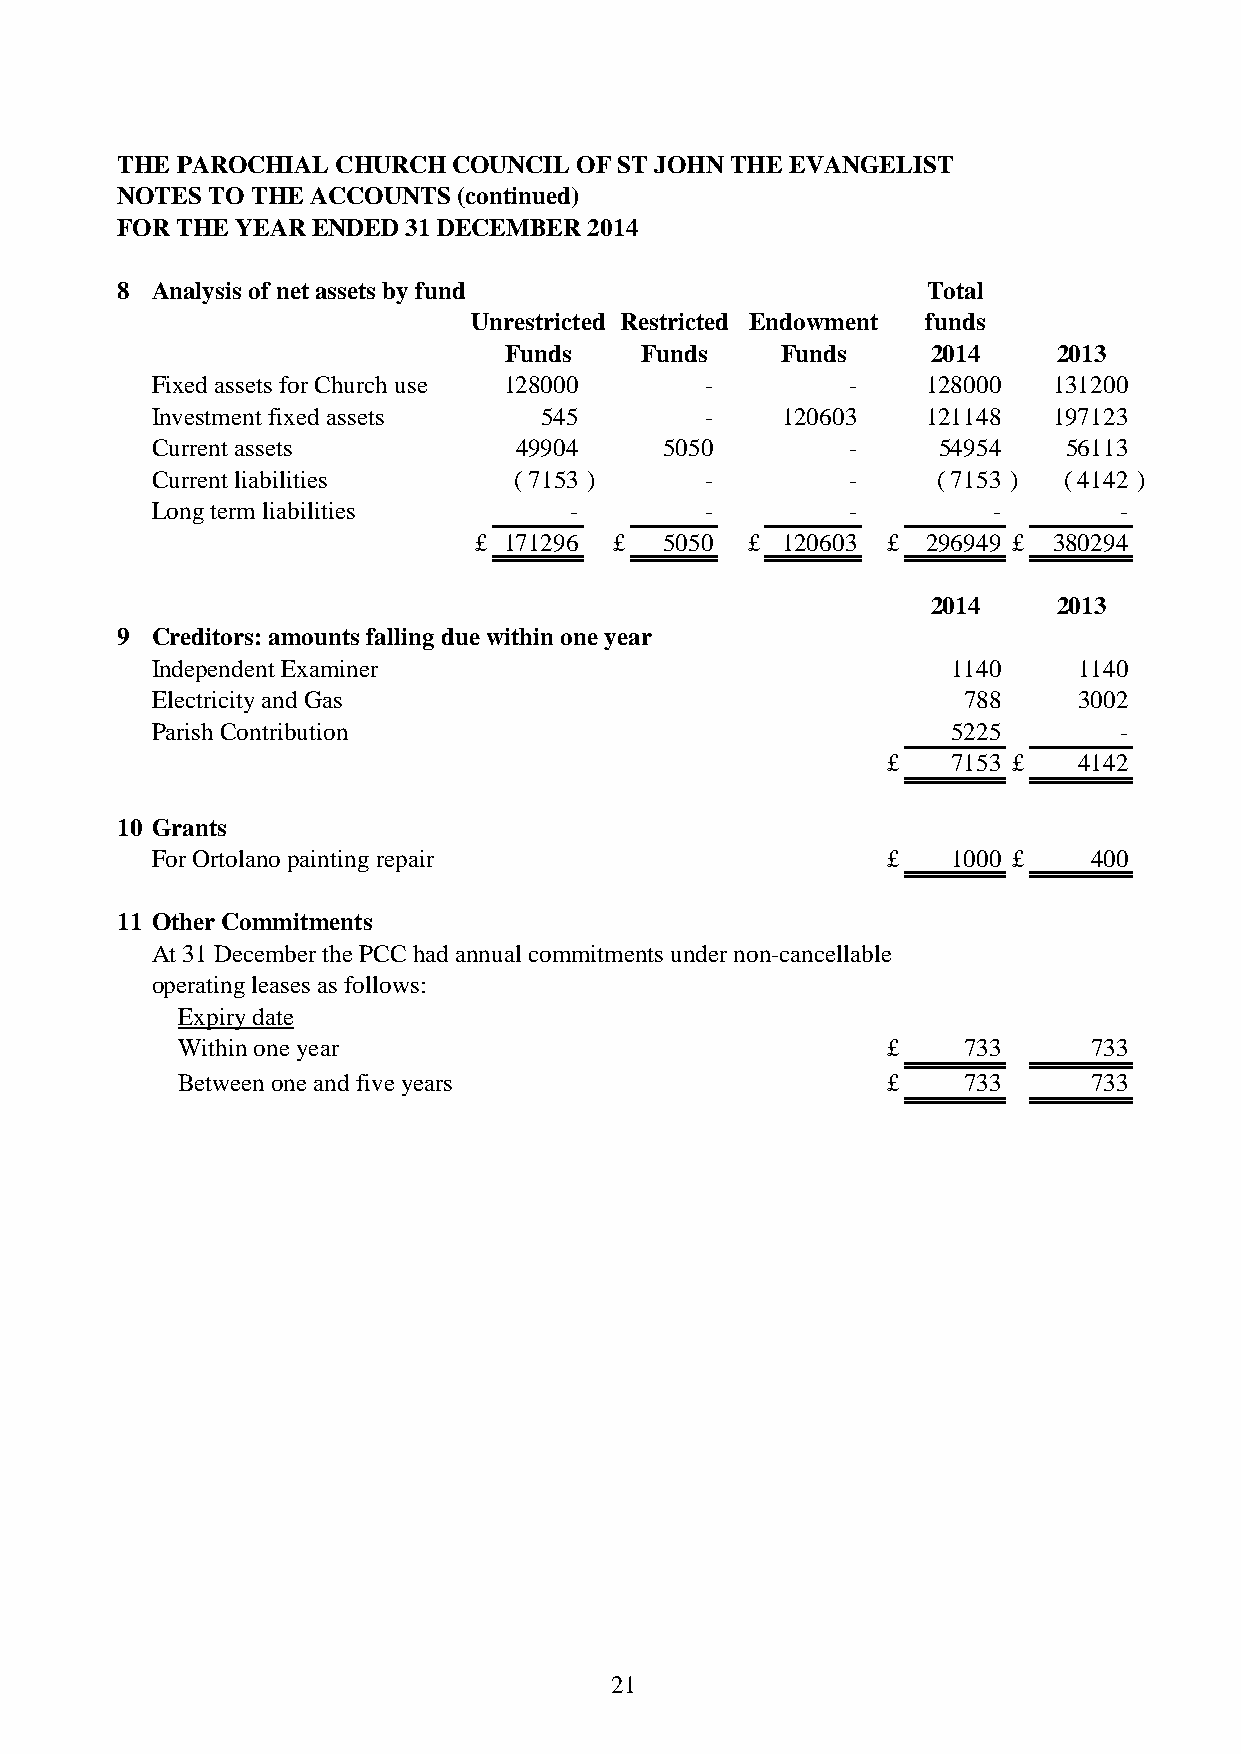
THE PAROCHIAL CHURCH  COUNCIL OF ST JOHN THE EVANGELIST
 NOTES TO THE ACCOUNTS (continued)
 FOR THE YEAR ENDED 31 DECEMBER 2014
 8 Analysis of net assets by fund                     Total
 Unrestricted Restricted Endowment funds
 Funds    Funds     Funds     2014    2013
 Fixed assets for Church use 128000   -        -    128000   131200
 Investment fixed assets   545        -    120603   121148   197123
 Current assets          49904     5050        -     54954   56113
 Current liabilities     ( 7153 )     -        -     ( 7153 ) ( 4142 )
 Long term liabilities       -        -        -         -       -
 £ 171296  £  5050 £  120603 £ 296949 £ 380294
 2014    2013
 9 Creditors: amounts falling due within one year
 Independent Examiner                                 1140    1140
 Electricity and Gas                                   788    3002
 Parish Contribution                                  5225       -
 £   7153 £  4142
 10 Grants
 For Ortolano painting repair                     £   1000 £   400
 11 Other Commitments
 At 31 December the PCC had annual commitments under non-cancellable
 operating leases as follows:
 Expiry date
 Within one year                                £    733     733
 Between one and five years                     £    733     733
 21